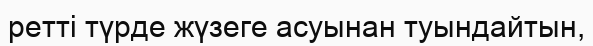
ретті түрде жүзеге асуынан туындайтын,